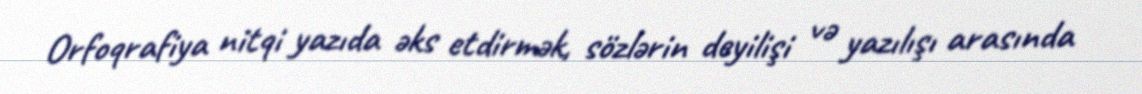
Orfoqrafiya nitqi yazıda əks etdirmək, sözlərin deyilişi və yazılışı arasında